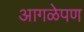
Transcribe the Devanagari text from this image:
आगळेपण